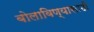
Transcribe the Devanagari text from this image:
बोलाविण्यासाठी